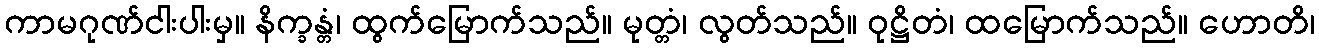
ကာမဂုဏ်ငါးပါးမှ။ နိက္ခန္တံ၊ ထွက်မြောက်သည်။ မုတ္တံ၊ လွတ်သည်။ ဝုဋ္ဌိတံ၊ ထမြောက်သည်။ ဟောတိ၊